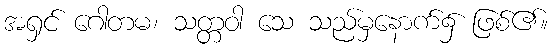
အရှင် ဂေါတမ၊ သတ္တဝါ သေ သည်မှနောက်၌ ဖြစ်၏။